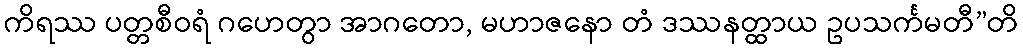
ကိရဿ ပတ္တစီဝရံ ဂဟေတွာ အာဂတော, မဟာဇနော တံ ဒဿနတ္ထာယ ဥပသင်္ကမတီ”တိ